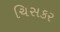
ચિસકર